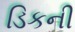
ડિકની